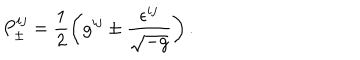
P _ { \pm } ^ { i j } = \frac 1 2 \left( g ^ { i j } \pm \frac { \epsilon ^ { i j } } { \sqrt { - g } } \right) .